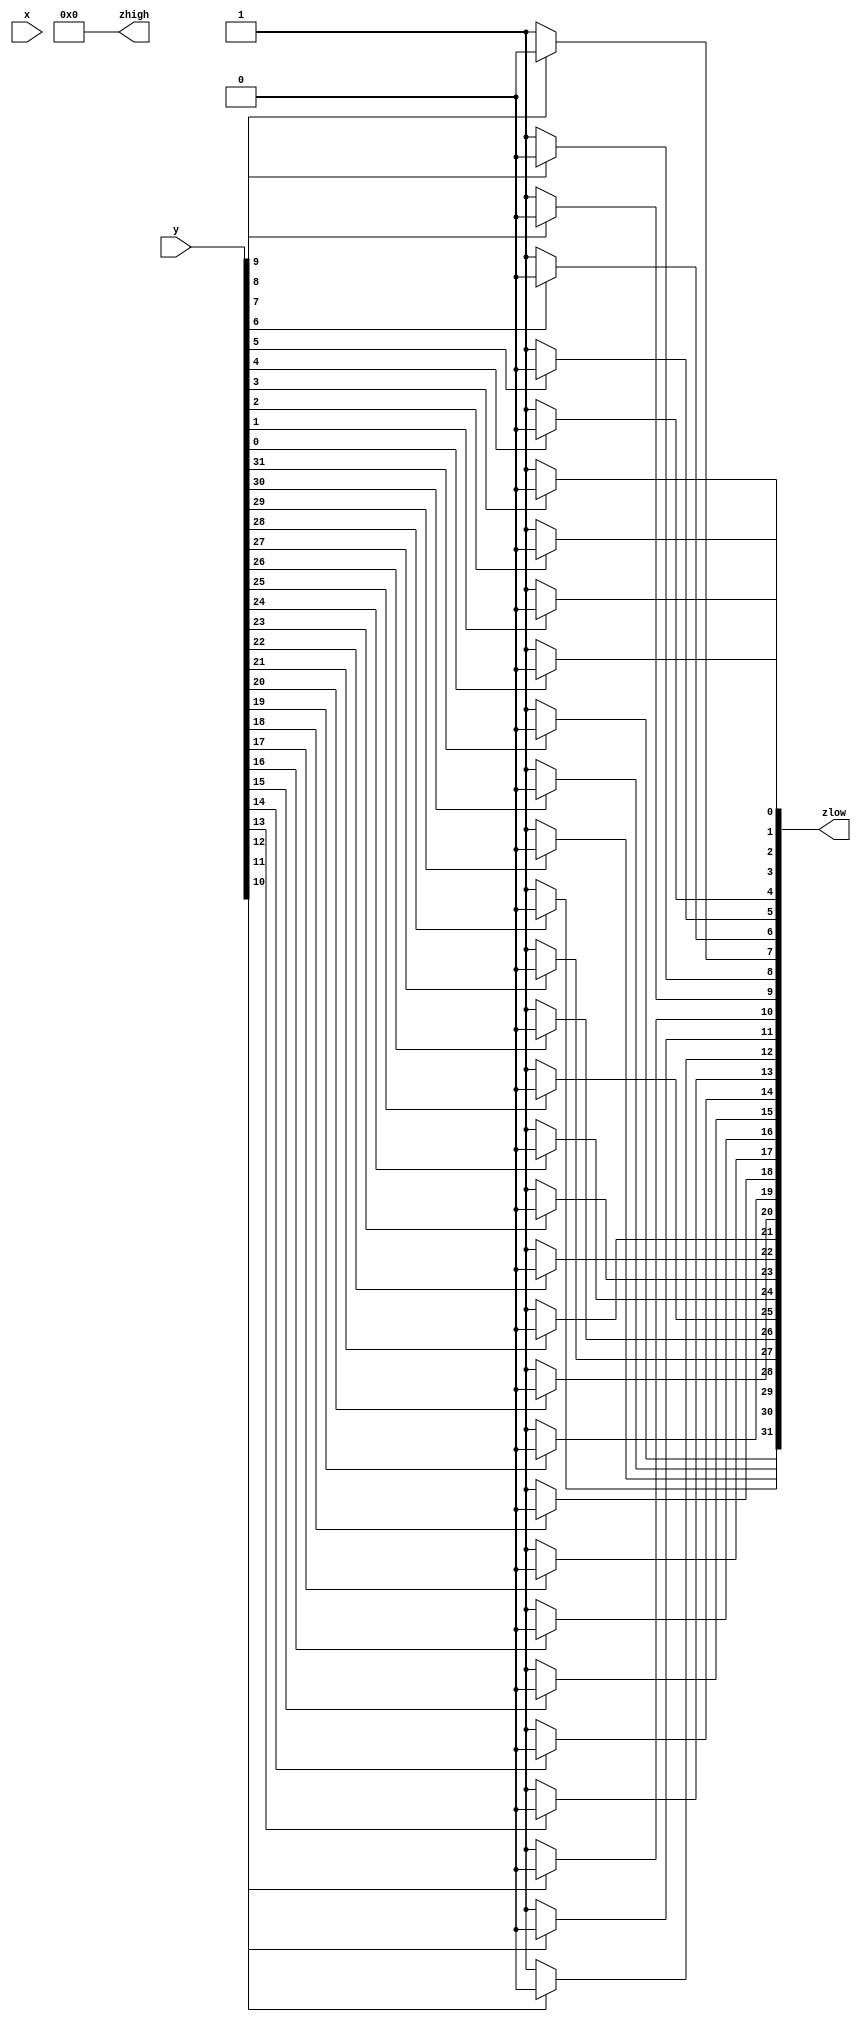
module NOT_32_BIT(
 input [31:0] x, y,
 output [31:0] zlow, zhigh);
 
 reg [5:0] i;
 reg [31:0] zlow_temp;
 
 always @(x or y) begin
	for(i=0;i<32;i = i+1) begin
		if(y[i] == 1) begin
			zlow_temp[i] = 0;
		end else begin
			zlow_temp[i] = 1;
		end
	end 
 end 
 assign zlow = zlow_temp;
 assign zhigh = 0;
 
endmodule